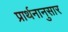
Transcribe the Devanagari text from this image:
प्रार्थनानुसार